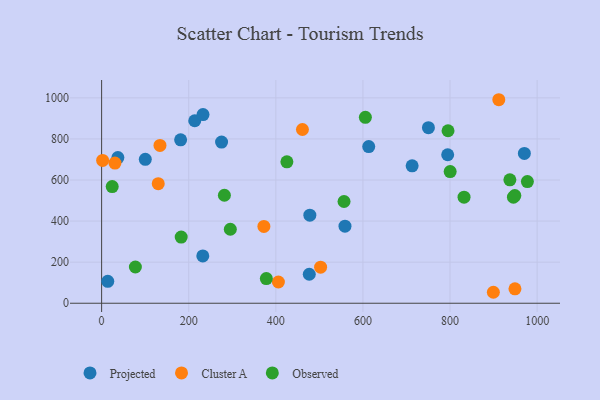
{"axis": {"x": "Speed", "y": "Exam Score"}, "legend": ["Cluster A", "Observed", "Projected"], "data": [{"x": "232.3", "y": 230.3, "type": "Projected"}, {"x": "750.4", "y": 854.8, "type": "Projected"}, {"x": "478.1", "y": 429.0, "type": "Projected"}, {"x": "37.3", "y": 709.0, "type": "Projected"}, {"x": "14.1", "y": 106.8, "type": "Projected"}, {"x": "613.3", "y": 763.0, "type": "Projected"}, {"x": "558.8", "y": 375.3, "type": "Projected"}, {"x": "100.3", "y": 700.5, "type": "Projected"}, {"x": "275.4", "y": 784.7, "type": "Projected"}, {"x": "713.0", "y": 669.3, "type": "Projected"}, {"x": "213.8", "y": 888.5, "type": "Projected"}, {"x": "181.4", "y": 795.9, "type": "Projected"}, {"x": "232.8", "y": 918.5, "type": "Projected"}, {"x": "970.7", "y": 729.4, "type": "Projected"}, {"x": "794.6", "y": 723.1, "type": "Projected"}, {"x": "476.8", "y": 141.1, "type": "Projected"}, {"x": "30.6", "y": 682.4, "type": "Cluster A"}, {"x": "405.9", "y": 103.5, "type": "Cluster A"}, {"x": "461.1", "y": 845.9, "type": "Cluster A"}, {"x": "134.0", "y": 768.4, "type": "Cluster A"}, {"x": "372.6", "y": 373.8, "type": "Cluster A"}, {"x": "130.0", "y": 582.4, "type": "Cluster A"}, {"x": "912.0", "y": 990.9, "type": "Cluster A"}, {"x": "949.1", "y": 70.2, "type": "Cluster A"}, {"x": "2.3", "y": 695.5, "type": "Cluster A"}, {"x": "502.8", "y": 175.6, "type": "Cluster A"}, {"x": "899.5", "y": 53.4, "type": "Cluster A"}, {"x": "182.7", "y": 322.4, "type": "Observed"}, {"x": "24.3", "y": 568.0, "type": "Observed"}, {"x": "977.6", "y": 592.3, "type": "Observed"}, {"x": "425.4", "y": 688.6, "type": "Observed"}, {"x": "281.9", "y": 525.7, "type": "Observed"}, {"x": "556.6", "y": 495.3, "type": "Observed"}, {"x": "948.8", "y": 524.3, "type": "Observed"}, {"x": "800.3", "y": 641.0, "type": "Observed"}, {"x": "605.6", "y": 905.2, "type": "Observed"}, {"x": "295.5", "y": 360.3, "type": "Observed"}, {"x": "945.6", "y": 516.6, "type": "Observed"}, {"x": "795.4", "y": 839.9, "type": "Observed"}, {"x": "77.5", "y": 176.5, "type": "Observed"}, {"x": "937.4", "y": 601.1, "type": "Observed"}, {"x": "832.2", "y": 516.2, "type": "Observed"}, {"x": "378.2", "y": 120.0, "type": "Observed"}]}